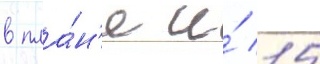
в пла́н'е и́ 15